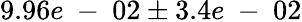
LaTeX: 9.96e\mathrm{~-~}02\pm 3.4e\mathrm{~-~}02